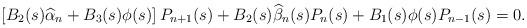
LaTeX: \begin{align*}\!\!\!\!\!\!\!\!\!\!\!\left[B_2(s)\widehat{\alpha}_{n}+B_3(s)\phi(s)\right]P_{n+1}(s)+B_2(s)\widehat{\beta}_n(s)P_{n}(s)+B_1(s)\phi(s)P_{n-1}(s)=0.\end{align*}